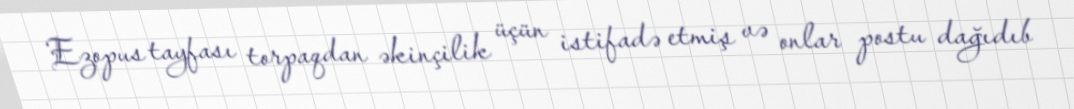
Ezopus tayfası torpaqdan əkinçilik üçün istifadə etmiş və onlar postu dağıdıb